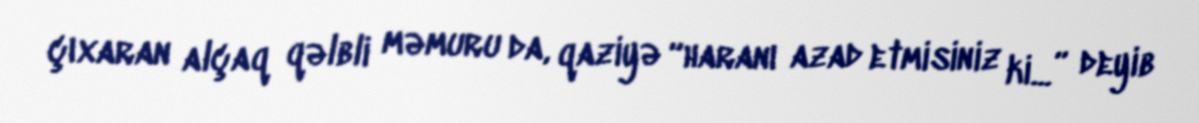
çıxaran alçaq qəlbli məmuru da, qaziyə “haranı azad etmisiniz ki...” deyib